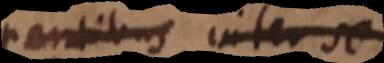
partibus inter se